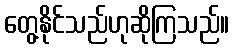
တွေ့နိုင်သည်ဟုဆိုကြသည်။